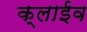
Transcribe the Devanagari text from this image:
क्लाईव